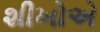
શીખોએ